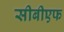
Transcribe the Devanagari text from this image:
सीबीएफ